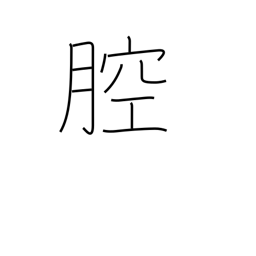
Meaning: body cavity